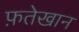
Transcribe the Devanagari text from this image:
फ़तेखान